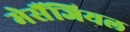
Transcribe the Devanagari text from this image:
मेसैंजियल